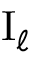
\mathrm { I } _ { \ell }